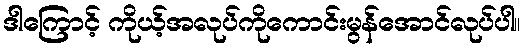
ဒါကြောင့် ကိုယ့်အလုပ်ကိုကောင်းမွန်အောင်လုပ်ပါ။